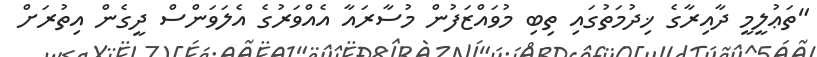
"ތަޢުލީމީ ދާއިރާގެ ޚިދުމަތުގައި ތިބި މުވައްޒަފުން މުސާރައާ އެއްވަރުގެ އެލަވަންސް ދީގެން އިތުރަށް